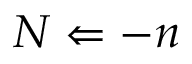
N \Leftarrow - n